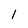
Character: l